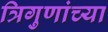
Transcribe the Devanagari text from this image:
त्रिगुणांच्या